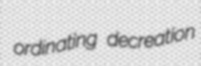
ordinating decreation